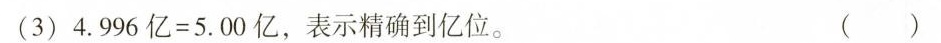
（3）4.996亿=5.00亿，表示精确到亿位。 （ ）